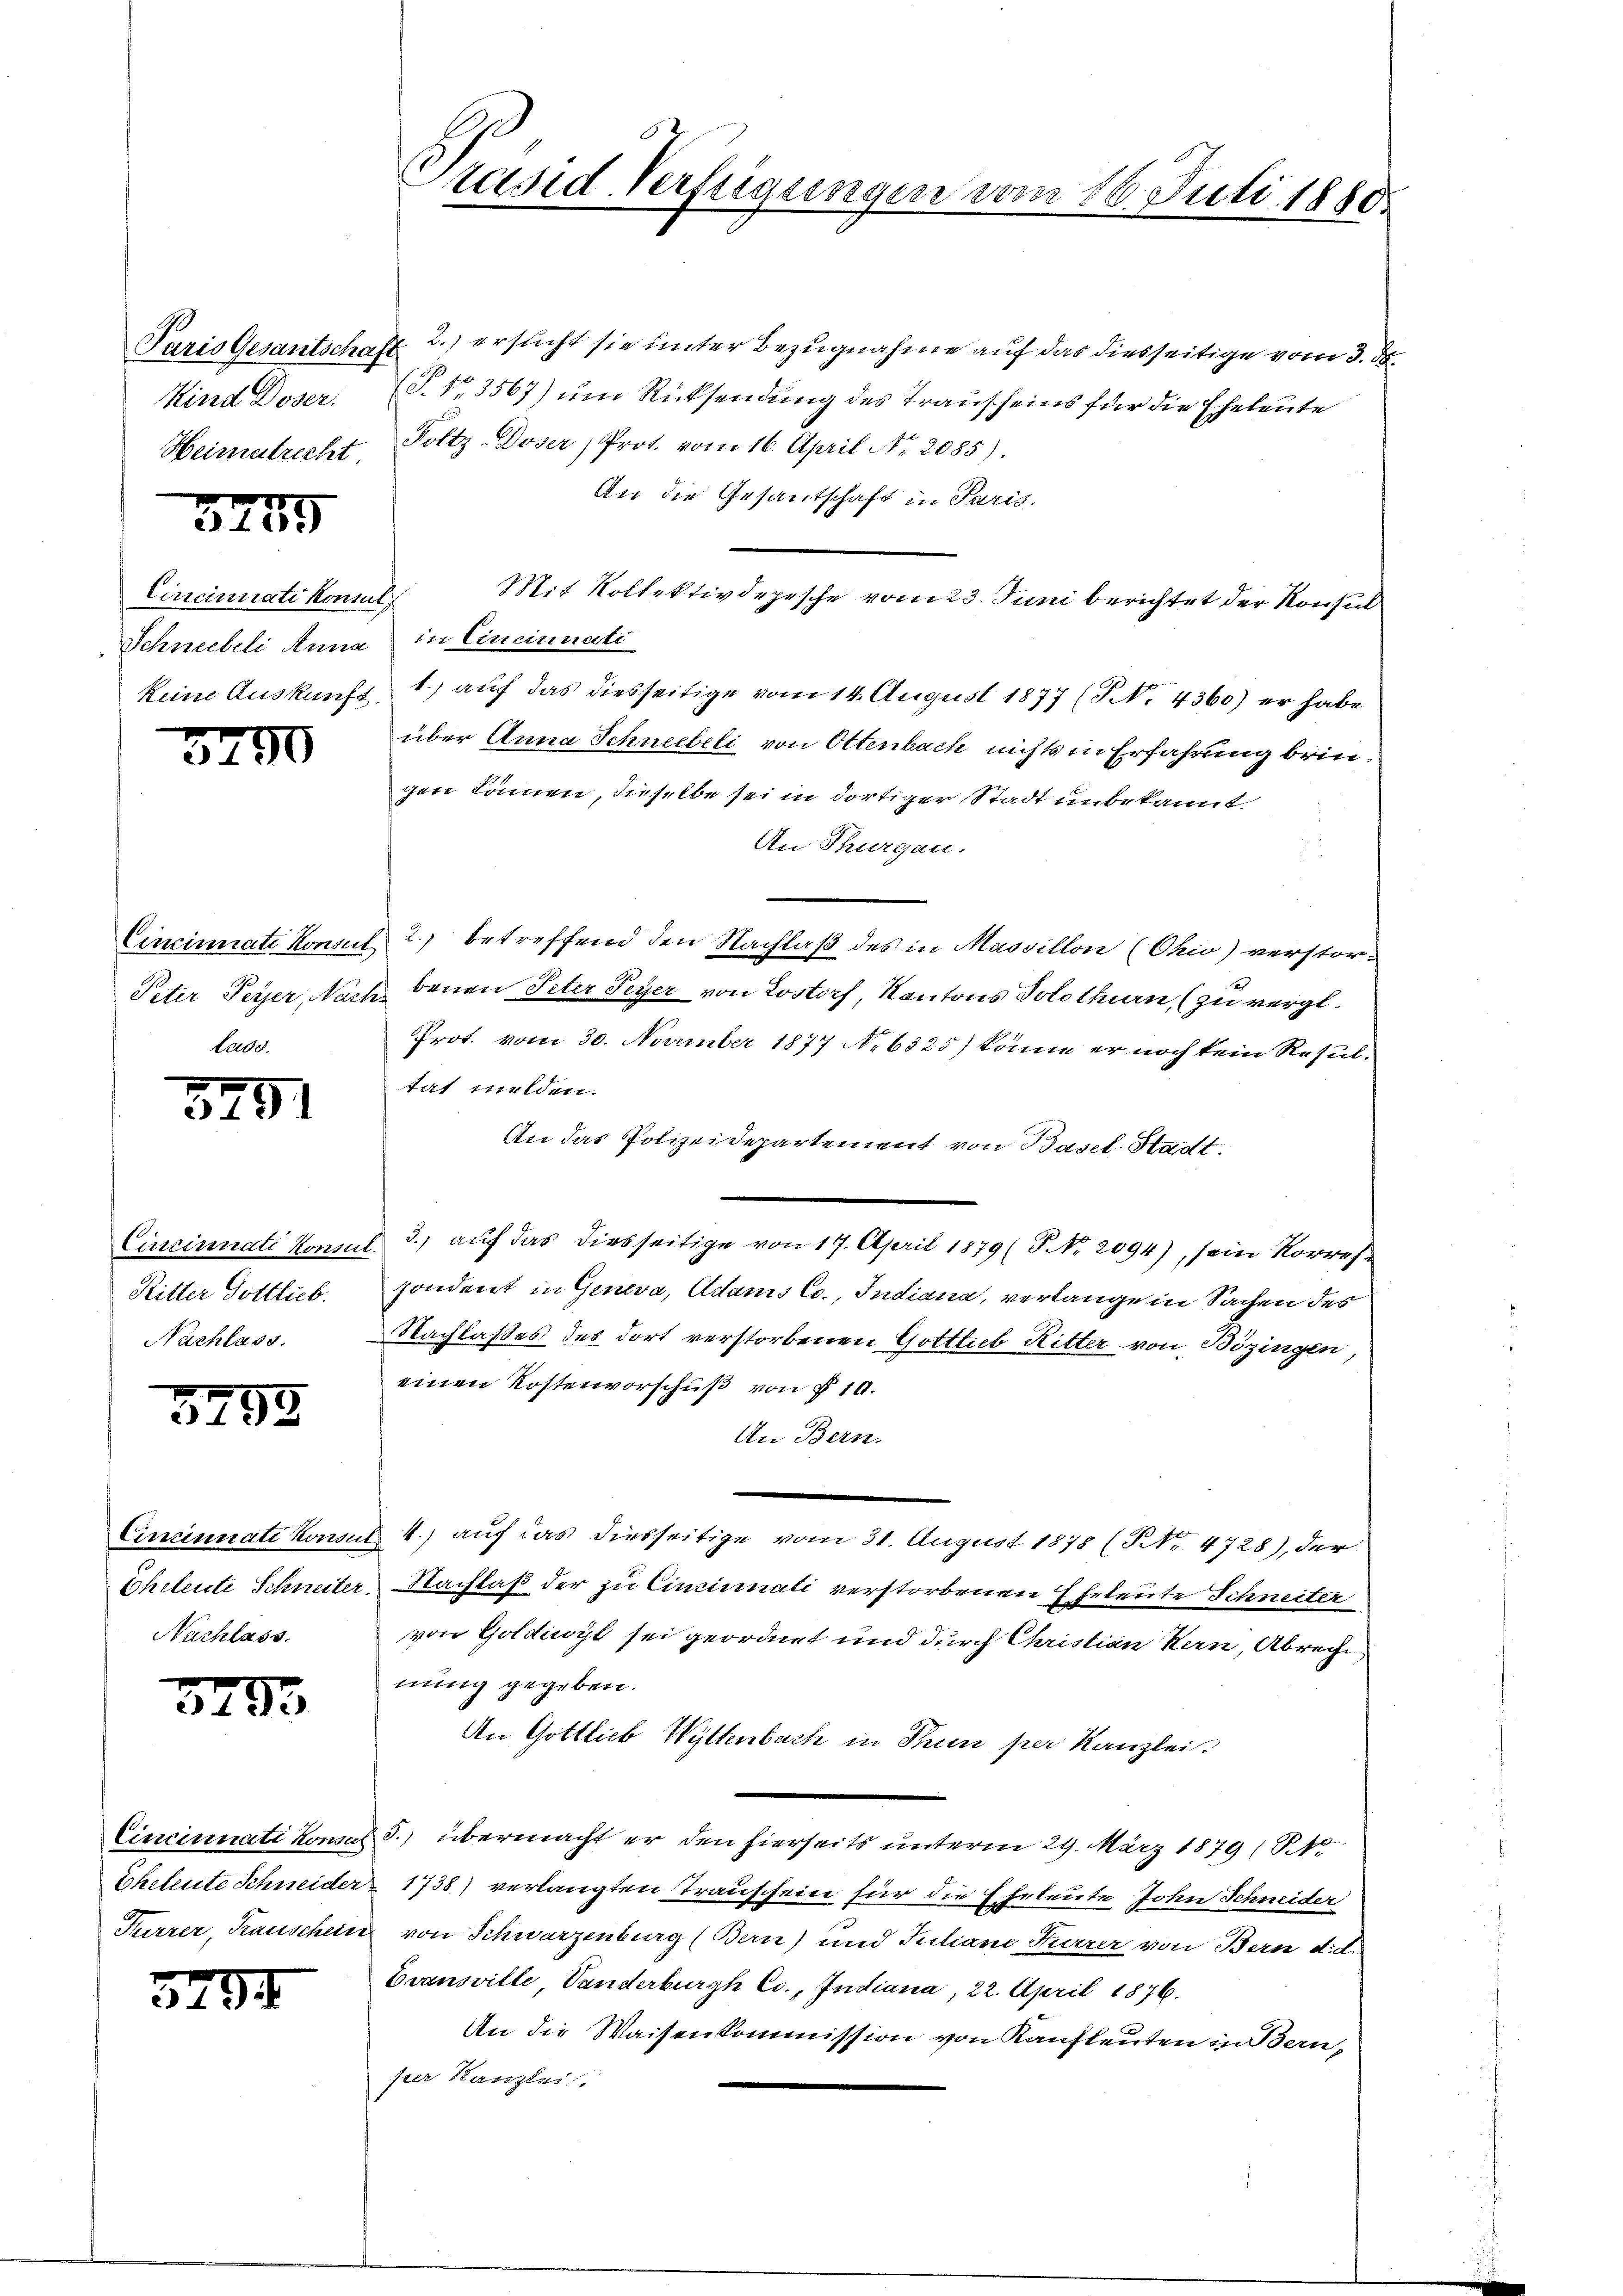
Paris Gesantschaft
Kind Doser.
Heimatrecht.

3279

Cincinati Konsul
Schneebeli Anna in Cincinati
keine Auskunft

32

30

Lass.

3291

Cincinati Konsu
Ritter Gottlieb.
Nachlass.

3755

Cincinnati Konsu
Eheleute Schneiter
Nachlass.

3793

3494

Cincinati Konsa
Eheleute Schneide.
Furrer, Tauscheit.

Präsid Verfügungen vom 16. Juli 1880.

2.) ersucht sie unter Bezugnahme auf das diesseitige vom 3. d.
(P. Nr. 3567) um Rücksendung des Trauscheins für die Eheleute
Foltz-Doser Prot. vom 16. April Nr. 2085).
An die Gesantschaft in Paris.
Mit Kollektivdepesche vom 23. Juni berichtet der Konsul
1.) auf das diesseitige vom 14. August 1877 (T. 4360) er habe
über Anna Schneebeli von Ottenbach nichts in Erfahrung bringen können, dieselbe sei in dortiger Stadt unbekannt.
An Thurgau.
Cincinnati Konseit 2.) betreffend den Nachlaß des in Massillon (Chio) verstor-
Peter Peyer, Nach benen Peter Peyer von Lostorf, Kantons Solothurn, (zu vergl.
Prot. vom 30. November 1877 No 6325) könne er noch kein Resultat melden.
An das Polizeidepartement von Basel-Stadt.
3.) auf das diesseitige von 17. April 1879 (P No. 2094), sein Korres-
.
zondert in Geneva, Adams Co., Indiana, verlange in Sachen des
Nachlaßes des dort verstorbenen Gottlieb Ritter von Bözingen,
einen Kostenvorschuß von § 10.
An Bern.
4.) auf das diesseitige vom 31. August 1878 (Nr. 4728), der
4
2. Nachlaß der zu Cincinati verstorbenen Ehrleute Schneiter
von Goldiwyl sei geordnet und durch Christian Kern, Abreche
nung gegeben.
An Gottlieb Wettenbach in Trun per Kanzlei.
5.) übermacht er den hierseits unterm 29. März 1879 (13
1738) verlangten Trauschein für die Ehrleute John Schneider
 von Schwarzenburg (Bern) und Suliane Furrer von Bern d.d.
Evansville, Vanderburgh Co., Indiana, 22. April 1876.
An die Waisenkommission von Kaufleuten in Bern,
per Kanzlei